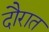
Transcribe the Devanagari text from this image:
दौरात